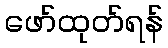
ဖော်ထုတ်ရန်